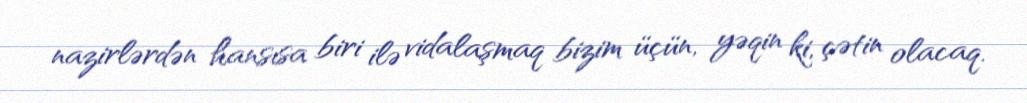
nazirlərdən hansısa biri ilə vidalaşmaq bizim üçün, yəqin ki, çətin olacaq.